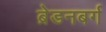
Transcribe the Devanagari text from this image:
ब्रेडनबर्ग